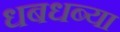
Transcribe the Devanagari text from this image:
धबधब्या